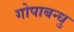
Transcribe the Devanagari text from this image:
गोपाबन्धु